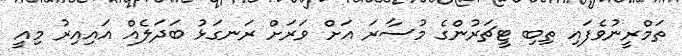
ތަމްރީނުވެފައި ތިބި ޓީޗަރުންގެ މުސާރަ އަށް ވަރަށް ރަނގަޅު ބަދަލެއް އައިއިރު މިއީ